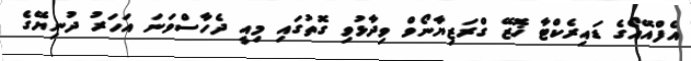
އެފްއޭއޯގެ ޑައިރެކްޓާ ޚޮޒޭ ގްރަޒިޔާނޯވް ވިދާޅުވި ގޮތުގައި މިއީ ދެހާސްވަނަ އަހަރު ދުނިޔޭގެ